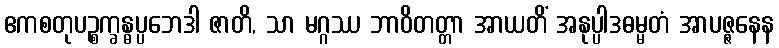
ဧကစတုပဉ္စက္ခန္ဓပ္ပဘေဒါ ဇာတိ, သာ မဂ္ဂဿ ဘာဝိတတ္တာ အာယတိံ အနုပ္ပါဒဓမ္မတံ အာပဇ္ဇနေန